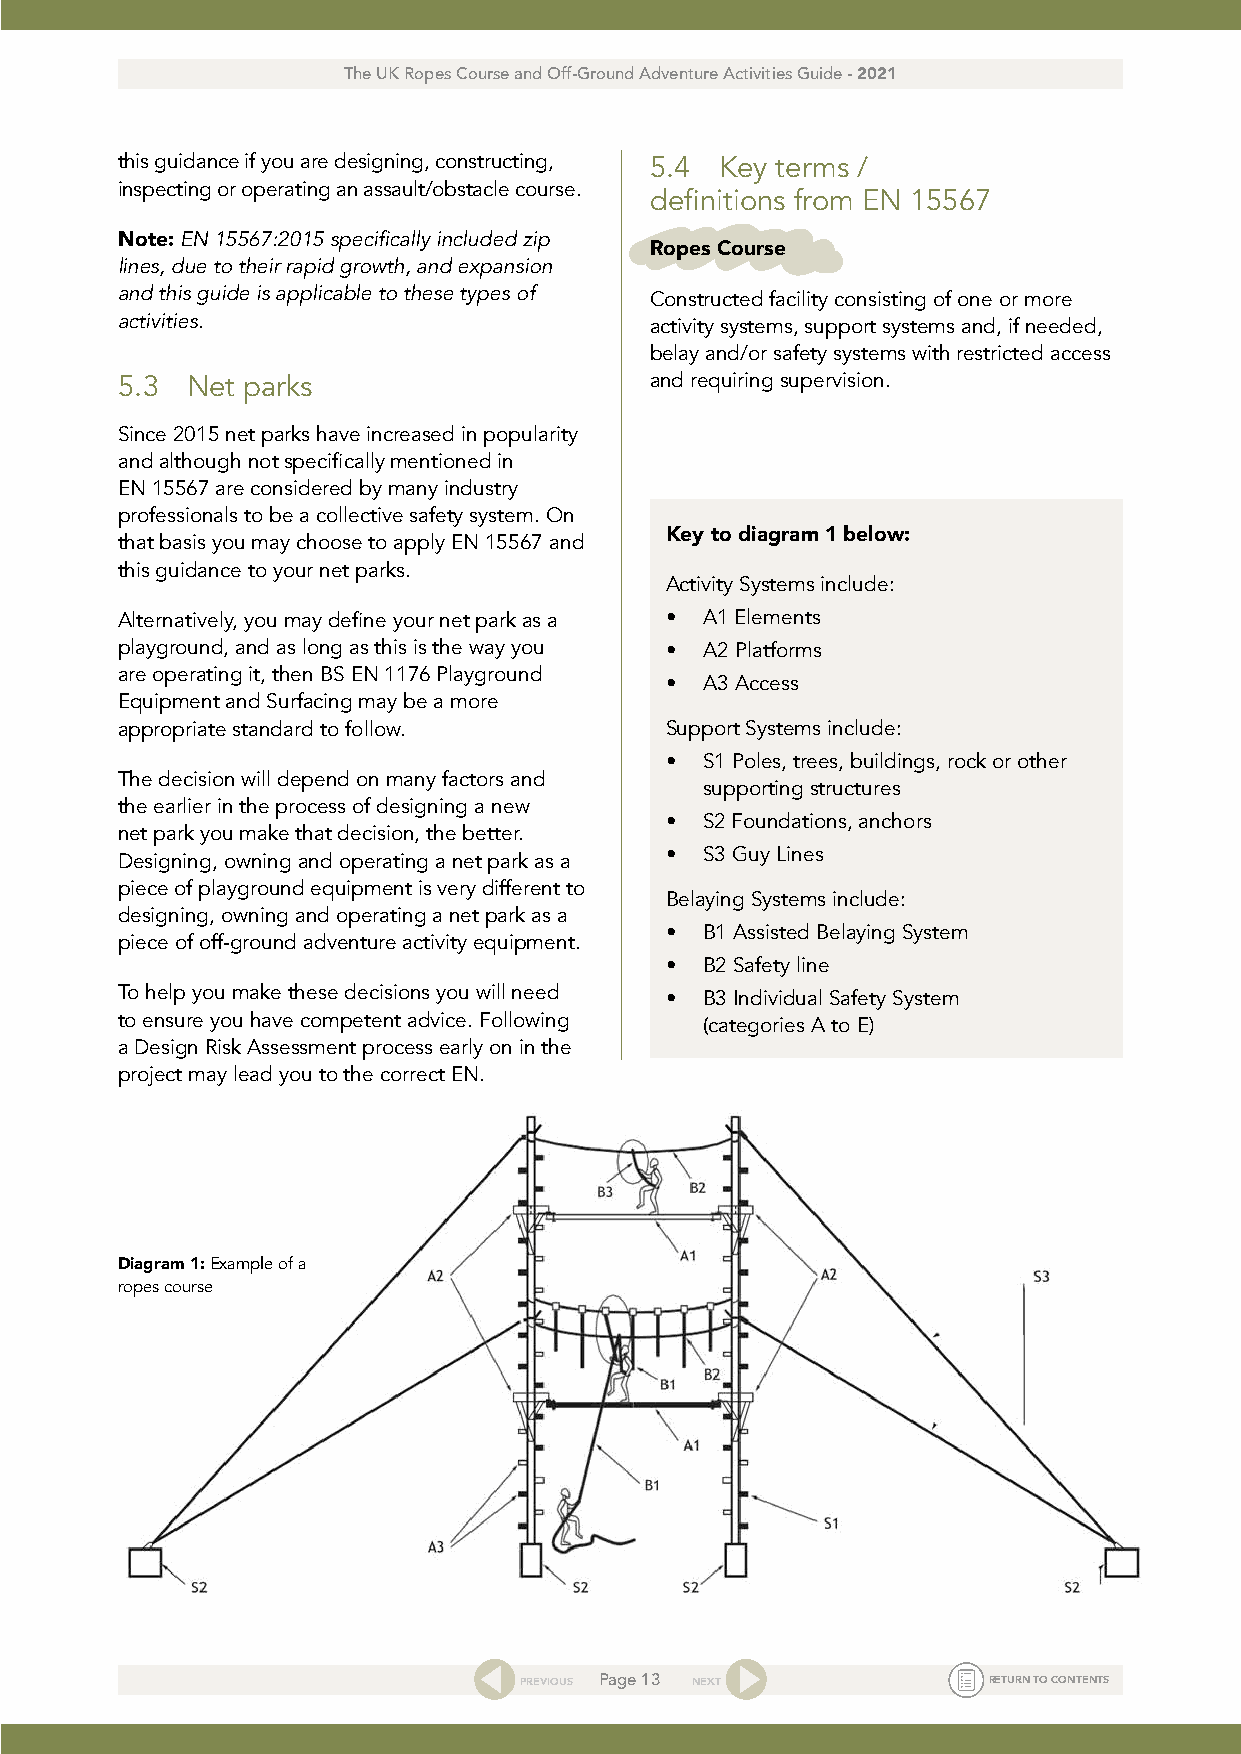
The UK Ropes Course and Off-Ground Adventure Activities Guide - 2021
 this guidance if you are designing, constructing, 5.4 Key terms /
 inspecting or operating an assault/obstacle course.
 definitions from EN 15567
 Note: EN 15567:2015 specifically included zip
 Ropes Course
 lines, due to their rapid growth, and expansion
 and this guide is applicable to these types of Constructed facility consisting of one or more
 activities.                        activity systems, support systems and, if needed,
 belay and/or safety systems with restricted access
 5.3 Net parks                      and requiring supervision.
 Since 2015 net parks have increased in popularity
 and although not specifically mentioned in
 EN 15567 are considered by many industry
 professionals to be a collective safety system. On
 that basis you may choose to apply EN 15567 and Key to diagram 1 below:
 this guidance to your net parks.
 Activity Systems include:
 Alternatively, you may define your net park as a • A1 Elements
 playground, and as long as this is the way you • A2 Platforms
 are operating it, then BS EN 1176 Playground
 •  A3 Access
 Equipment and Surfacing may be a more
 appropriate standard to follow.     Support Systems include:
 •  S1 Poles, trees, buildings, rock or other
 The decision will depend on many factors and
 supporting structures
 the earlier in the process of designing a new
 •  S2 Foundations, anchors
 net park you make that decision, the better.
 •  S3 Guy Lines
 Designing, owning and operating a net park as a
 piece of playground equipment is very different to
 Belaying Systems include:
 designing, owning and operating a net park as a
 •  B1 Assisted Belaying System
 piece of off-ground adventure activity equipment.
 •  B2 Safety line
 To help you make these decisions you will need • B3 Individual Safety System
 to ensure you have competent advice. Following (categories A to E)
 a Design Risk Assessment process early on in the
 project may lead you to the correct EN.
 Diagram 1: Example of a
 ropes course
 PREVIOUS Page 13 NEXT          RETURN TO CONTENTS